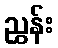
ညွှန်း